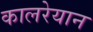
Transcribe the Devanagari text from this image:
कालरेयान